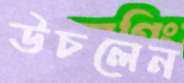
উচলেন